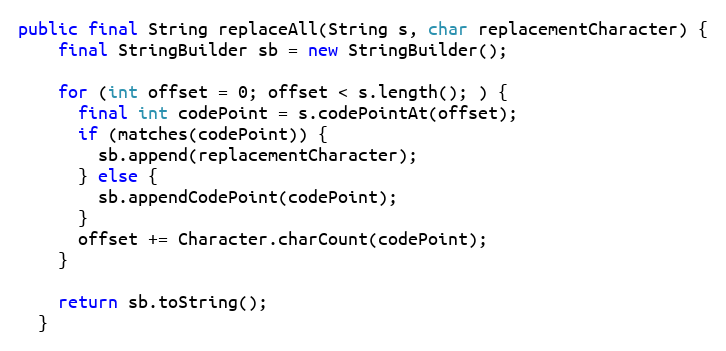
Language: Java
public final String replaceAll(String s, char replacementCharacter) {
    final StringBuilder sb = new StringBuilder();

    for (int offset = 0; offset < s.length(); ) {
      final int codePoint = s.codePointAt(offset);
      if (matches(codePoint)) {
        sb.append(replacementCharacter);
      } else {
        sb.appendCodePoint(codePoint);
      }
      offset += Character.charCount(codePoint);
    }

    return sb.toString();
  }